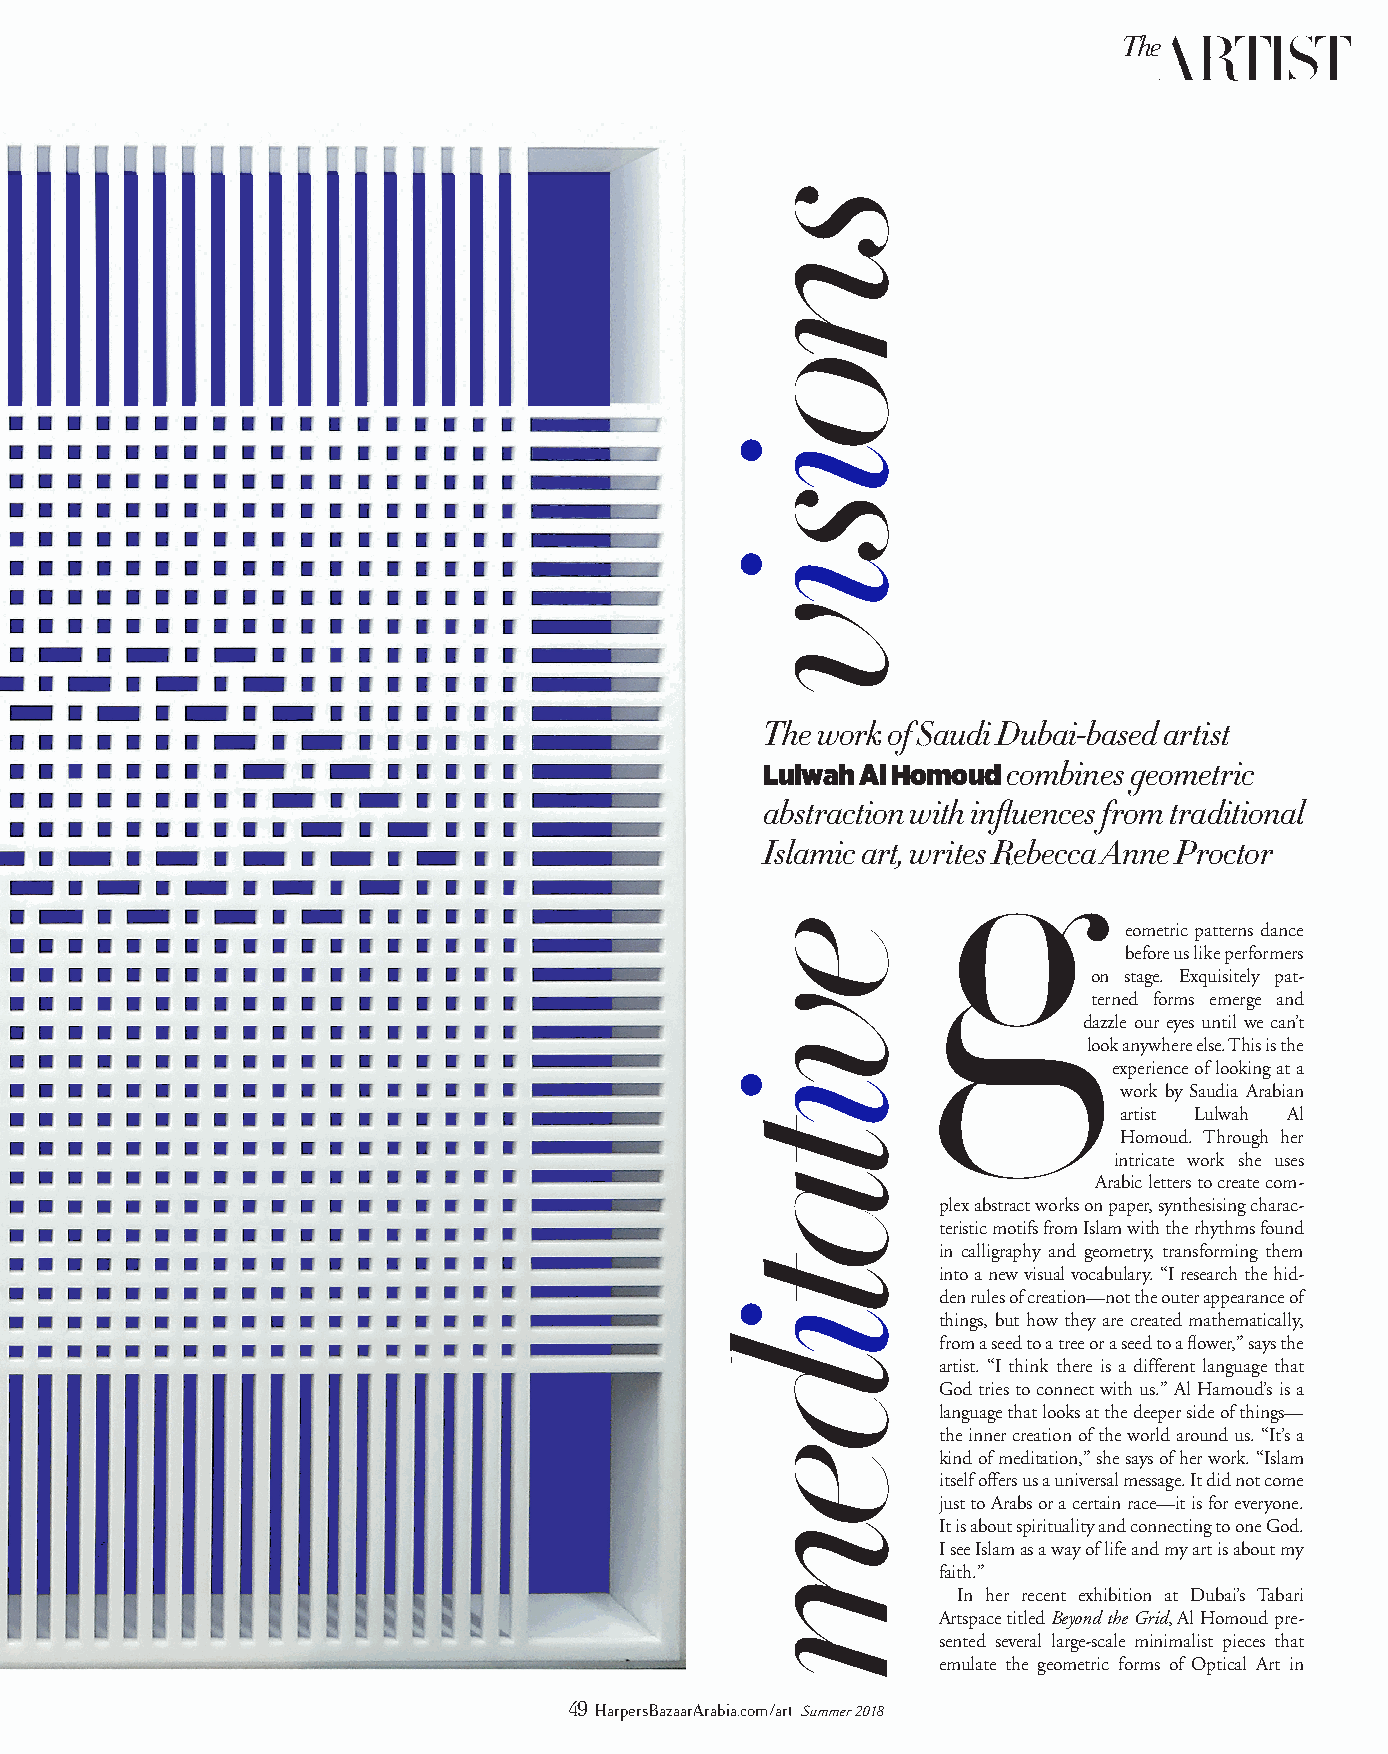
TheARTIST
 The work of Saudi Dubai-based artist
 Lulwah Al Homoud combines geometric
 abstraction with influences from traditional
 Islamic art, writes Rebecca Anne Proctor
 eometric patterns dance
 before us like performers
 on stage. Exquisitely pat-
 terned forms emerge and
 dazzle our eyes until we can’t
 look anywhere else. This is the
 experience of looking at a
 work by Saudia Arabian
 artist Lulwah Al
 Homoud. Through her
 intricate work she uses
 Arabic letters to create com-
 plex abstract works on paper, synthesising charac-
 teristic motifs from Islam with the rhythms found
 in calligraphy and geometry, transforming them
 into a new visual vocabulary. “I research the hid-
 den rules of creation—not the outer appearance of
 things, but how they are created mathematically,
 from a seed to a tree or a seed to a flower,” says the
 artist. “I think there is a different language that
 God tries to connect with us.” Al Hamoud’s is a
 language that looks at the deeper side of things—
 the inner creation of the world around us. “It’s a
 kind of meditation,” she says of her work. “Islam
 itself offers us a universal message. It did not come
 just to Arabs or a certain race—it is for everyone.
 It is about spirituality and connecting to one God.
 I see Islam as a way of life and my art is about my
 faith.”
 In her recent exhibition at Dubai’s Tabari
 Artspace titled Beyond the Grid, Al Homoud pre-
 sented several large-scale minimalist pieces that
 emulate the geometric forms of Optical Art in
 49 HarpersBazaarArabia.com/art Summer 2018
 snoisiv
 evitatidem